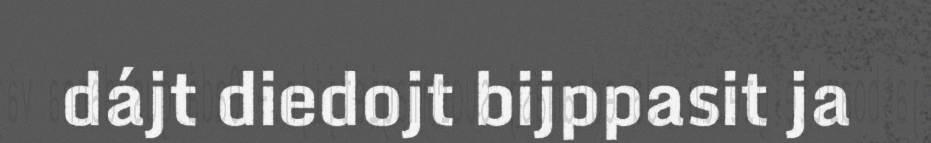
dájt diedojt bijppasit ja